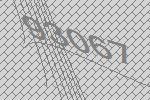
93067